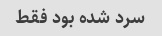
سرد شده بود فقط